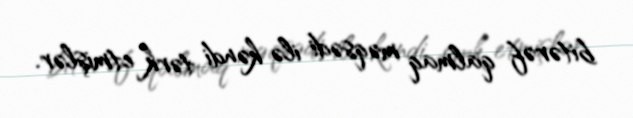
bitərəf qalmaq məqsədi ilə kəndi tərk etmişlər.